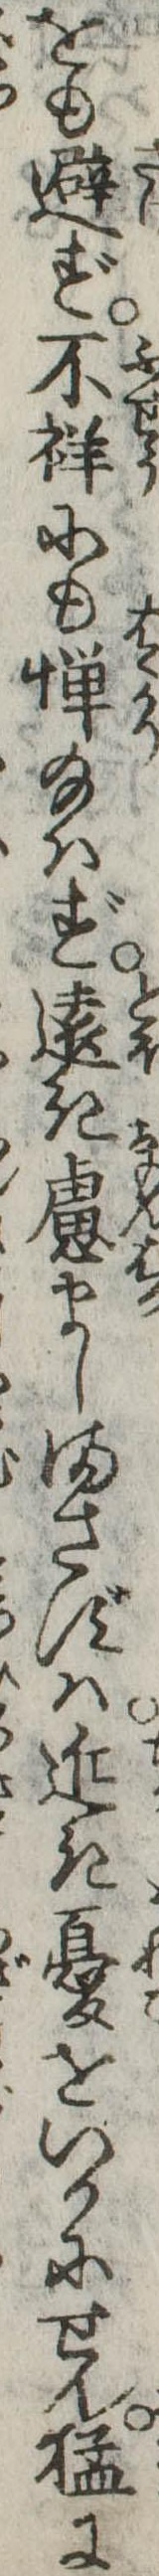
をも避ず不祥にも憚給はず遠き慮ましまさずは近き憂をいかにせん猛に